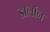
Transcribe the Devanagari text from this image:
डार्लान